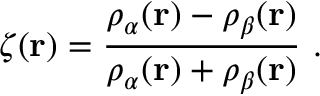
\zeta ( \mathbf { r } ) = { \frac { \rho _ { \alpha } ( \mathbf { r } ) - \rho _ { \beta } ( \mathbf { r } ) } { \rho _ { \alpha } ( \mathbf { r } ) + \rho _ { \beta } ( \mathbf { r } ) } } \ .